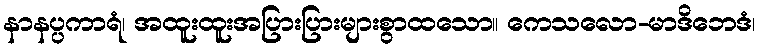
နာနပ္ပကာရံ၊ အထူးထူးအပြားပြားများစွာထသော။ ကေသလော-မာဒိဘေဒံ၊